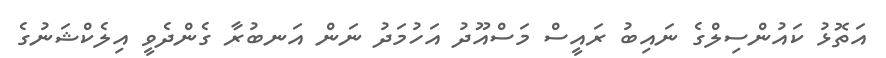
އަތޮޅު ކައުންސިލްގެ ނައިބު ރައީސް މަސްއޫދު އަހުމަދު ނަން އަނބުރާ ގެންދެވީ އިލެކްޝަނުގެ